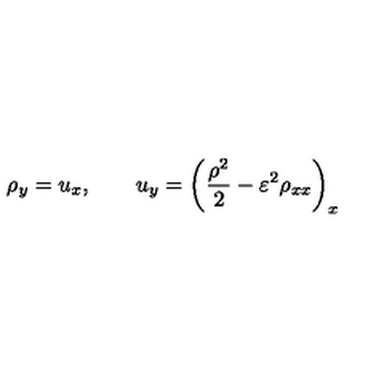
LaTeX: \rho _ { y } = u _ { x } , \qquad u _ { y } = \left( \frac { \rho ^ { 2 } } { 2 } - \varepsilon ^ { 2 } \rho _ { x x } \right) _ { x }